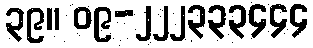
၃၉။ ၀၉-၂၂၂၃၃၃၄၄၄